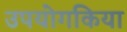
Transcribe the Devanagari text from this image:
उपयोगकिया